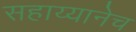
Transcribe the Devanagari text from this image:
सहाय्यानेच